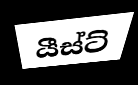
යීස්ට්